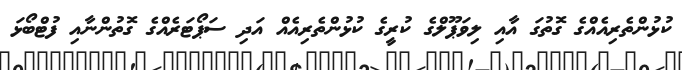
ކުޅުންތެރިއެއްގެ ގޮތުގަ އާއި ލިވަޕޫލްގެ ކުރީގެ ކުޅުންތެރިއެއް އަދި ސަޕޯޓަރެއްގެ ގޮތުންނާއި ފުޓްބޯޅަ